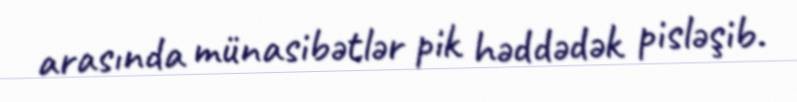
arasında münasibətlər pik həddədək pisləşib.